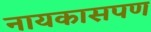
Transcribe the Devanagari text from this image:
नायकासपण